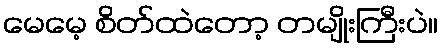
မေမေ့ စိတ်ထဲတော့ တမျိုးကြီးပဲ။